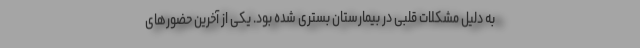
به دلیل مشکلات قلبی در بیمارستان بستری شده بود. یکی از آخرین حضورهای